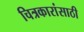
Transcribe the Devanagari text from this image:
चित्रकारांसाठी